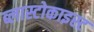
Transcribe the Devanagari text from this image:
ब्लास्टोकाइस्ट